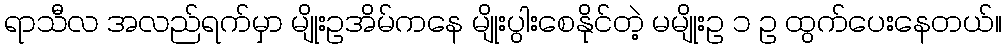
ရာသီလ အလည်ရက်မှာ မျိုးဥအိမ်ကနေ မျိုးပွါးစေနိုင်တဲ့ မမျိုးဥ ၁ ဥ ထွက်ပေးနေတယ်။